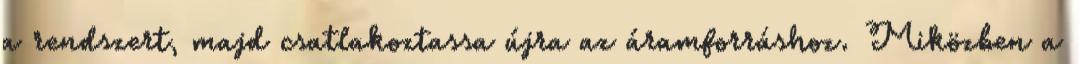
a rendszert, majd csatlakoztassa újra az áramforráshoz. Miközben a